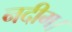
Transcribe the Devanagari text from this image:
नदीम।